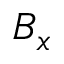
B _ { x }